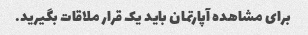
برای مشاهده آپارتمان باید یک قرار ملاقات بگیرید.